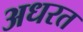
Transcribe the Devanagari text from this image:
अधरत